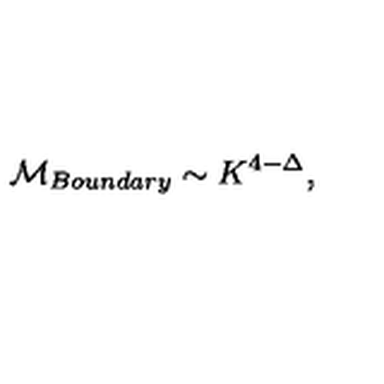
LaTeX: { \cal M } _ { B o u n d a r y } \sim K ^ { 4 - \Delta } ,